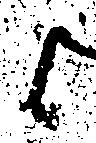
候